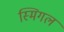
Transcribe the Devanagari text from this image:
स्मिगल